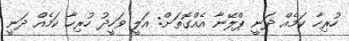
ހުރިހާ ކަމެއް ދަނީ ޕްލޭނާ އެއްގޮތަށް: އަލީ ވަހީދު ހުރިހާ ކަމެއް ދަނީ